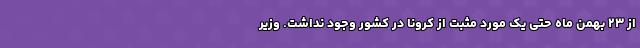
از ۲۳ بهمن ماه حتی یک مورد مثبت از کرونا در کشور وجود نداشت. وزیر